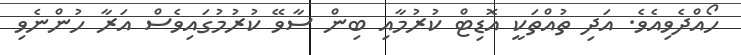
ހޯއްދެވިއެވެ. އަދި ތުއްތަކީ އޮޑިޓް ކުރުމާއި ބިން ސާވޭ ކުރުމުގައިވެސް އަރާ ހުންނެވި